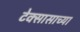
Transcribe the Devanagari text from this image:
टेक्सासाच्या